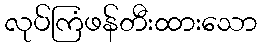
လုပ်ကြံဖန်တီးထားသော